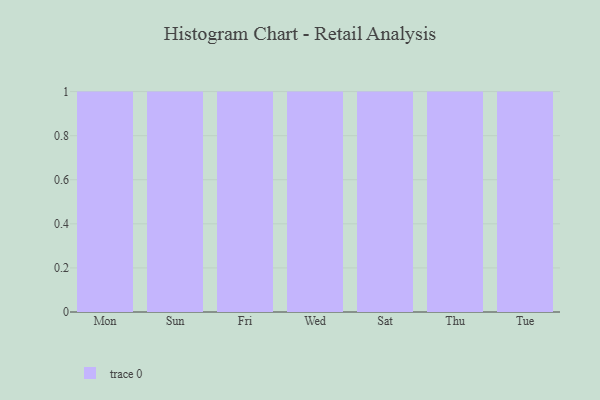
{"axis": {"x": "Day", "y": "Production Output"}, "legend": [""], "data": [{"x": "Mon", "y": 83, "type": ""}, {"x": "Sun", "y": 47, "type": ""}, {"x": "Fri", "y": 38, "type": ""}, {"x": "Wed", "y": 27, "type": ""}, {"x": "Sat", "y": 55, "type": ""}, {"x": "Thu", "y": 70, "type": ""}, {"x": "Tue", "y": 64, "type": ""}]}